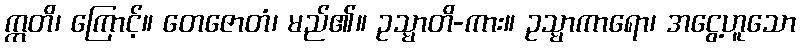
ဣတိ၊ ကြောင့်။ တေဇောတံ၊ မည်၏။ ဥသ္မာတိ-ကား။ ဥသ္မာကာရော၊ အငွေ့ဟူသော